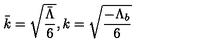
\bar { k } = \sqrt { \frac { \bar { \Lambda } } { 6 } } , k = \sqrt { \frac { - \Lambda _ { b } } { 6 } }